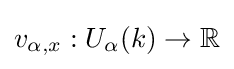
v_{\alpha ,x}:U_{\alpha }(k)\to \mathbb {R}